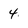
Character: 4